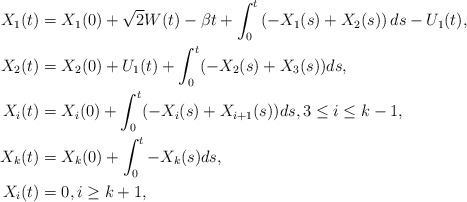
\begin{align*}X_1(t) &= X_1(0) + \sqrt{2}W(t) - \beta t + \int_0^t\left(-X_1(s) + X_2(s)\right)ds - U_1(t), \\X_2(t) &= X_2(0) + U_1(t) + \int_0^t(-X_2(s) + X_3(s))ds, \\X_i(t) &= X_i(0) + \int_0^t(-X_i(s) + X_{i+1}(s))ds, 3 \le i \le k - 1, \\X_k(t) &= X_k(0) + \int_0^t-X_k(s)ds, \\X_i(t) &= 0, i \ge k + 1,\end{align*}